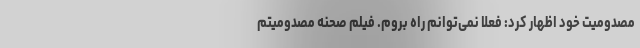
مصدومیت خود اظهار کرد: فعلا نمی‌توانم راه بروم. فیلم صحنه مصدومیتم